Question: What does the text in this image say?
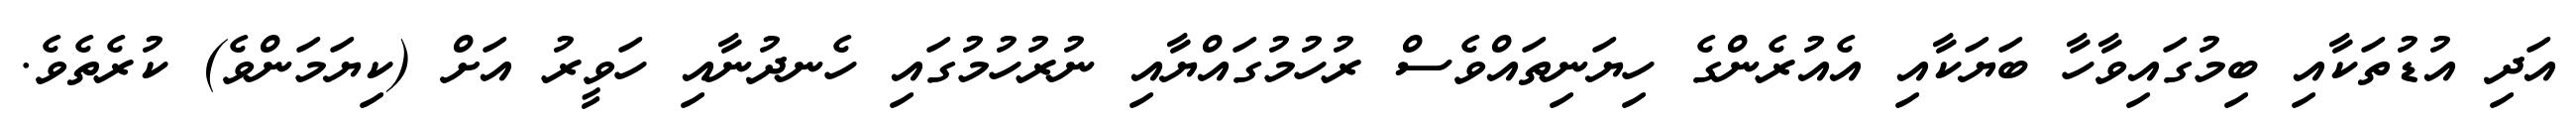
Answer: އަދި އުޑުތަކާއި ބިމުގައިވާހާ ބަޔަކާއި އެއުރެންގެ ހިޔަނިތައްވެސް ރުހުމުގައްޔާއި ނުރުހުމުގައި ހެނދުނާއި ހަވީރު އަށް (ކިޔަމަންވެ) ކުރެތެވެ.